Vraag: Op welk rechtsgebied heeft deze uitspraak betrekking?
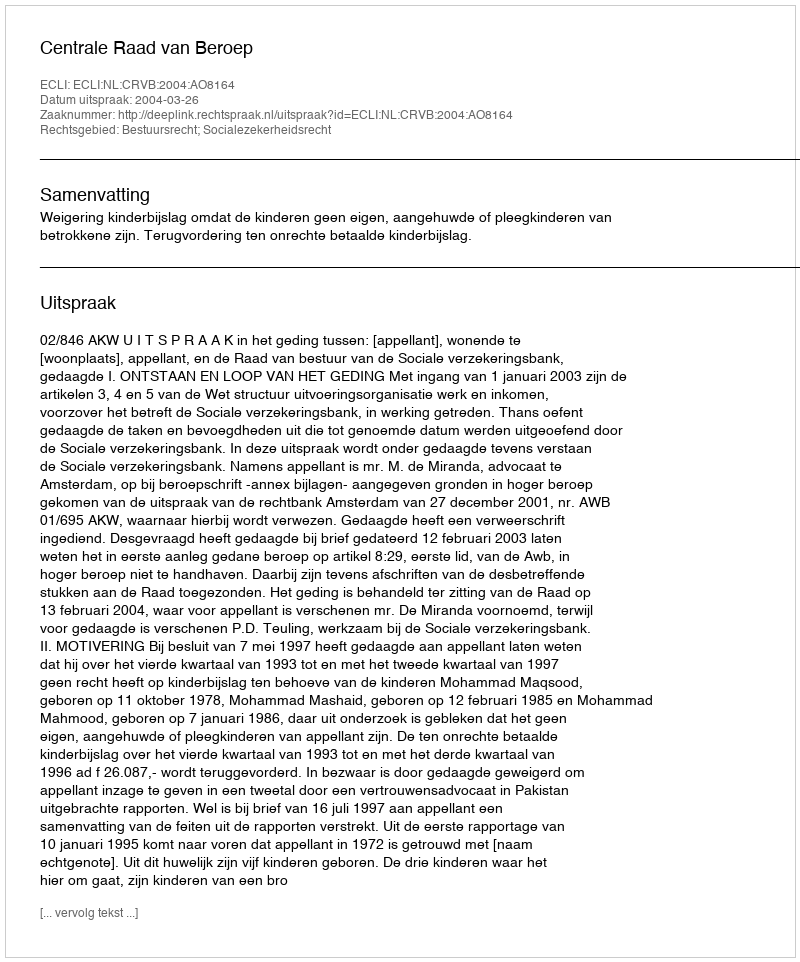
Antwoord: Bestuursrecht; Socialezekerheidsrecht